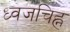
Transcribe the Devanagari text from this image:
ध्वजचिह्न